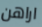
اراهن